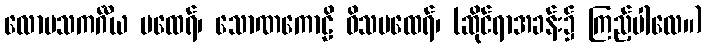
လောမသကင်္ဂီယ မထေရ်၊ သောဏကောဠိ ဝိသမထေရ်၊ (ဆိုင်ရာအခန်း၌ ကြည့်ပါလေ။)